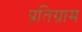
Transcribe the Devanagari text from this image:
प्रतिग्राम